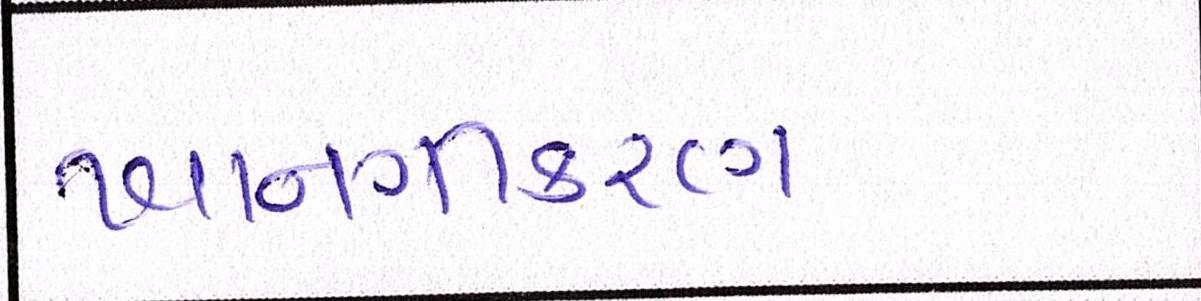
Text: ખાનગીકરણ